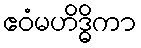
ဧဝံမဟိဒ္ဓိကာ